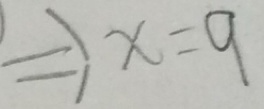
\Rightarrow x = 9